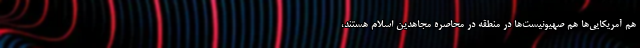
هم آمریکایی‌ها هم صهیونیست‌ها در منطقه در محاصره مجاهدین اسلام هستند،